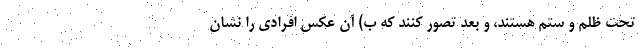
تحت ظلم و ستم هستند، و بعد تصور کنند که ب) آن عکس افرادی را نشان